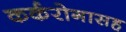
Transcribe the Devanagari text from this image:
कर्करोगासह